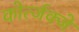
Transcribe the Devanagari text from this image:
कोर्त्जक्जे